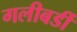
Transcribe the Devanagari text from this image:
गलीबर्डी